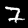
Label: 7